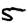
Digit: 5